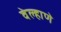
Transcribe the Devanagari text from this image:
वेल्हाणे